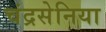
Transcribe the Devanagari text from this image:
चंद्रसेनिया